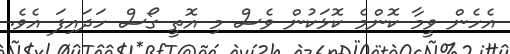
އެހެން ވީމާ ކޮންމެ ކޮޅަކުން ވެސް މި އޮތީ ގޯސް ހަދައިފަ އެވެ.